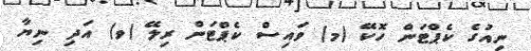
ނިއުގެ ކެޕްޓަން ހޮކޭ (މ) ވައިސް ކެޕްޓަން ރިލޭ (ވ) އަދި ނިޔާ